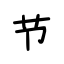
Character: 节